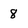
Character: 8